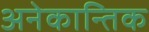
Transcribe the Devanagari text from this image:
अनेकान्तिक